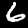
Label: 6